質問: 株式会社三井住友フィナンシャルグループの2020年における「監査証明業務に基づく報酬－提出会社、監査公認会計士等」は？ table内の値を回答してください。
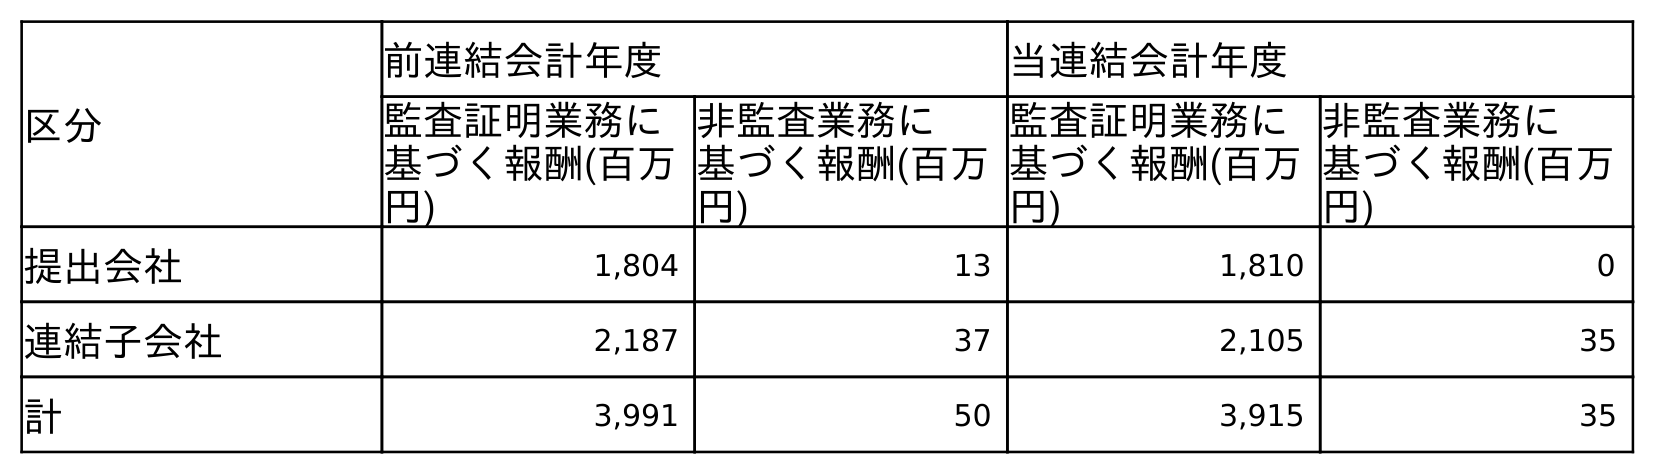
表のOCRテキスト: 区分 前連結会計年度 当連結会計年度 監査証明業務に 基づく報酬(百万 円) 非監査業務に 基づく報酬(百万 円) 監査証明業務に 基づく報酬(百万 円) 非監査業務に 基づく報酬(百万 円) 提出会社 1,804 13 1,810 0 連結子会社 2,187 37 2,105 35 計 3,991 50 3,915 35
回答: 1,810